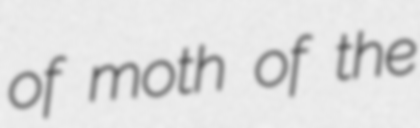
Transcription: of moth of the